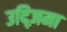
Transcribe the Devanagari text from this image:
उद्ज़िमा